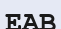
ЕАВ